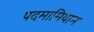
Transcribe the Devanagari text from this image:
पदमामियान